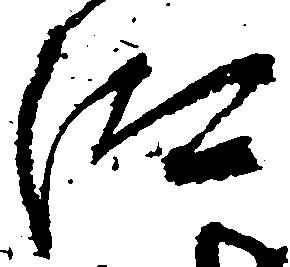
汰